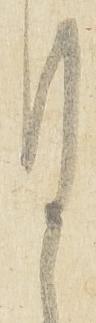
謹